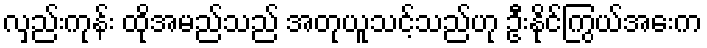
လှည်းကုန်း ထိုအမည်သည် အတုယူသင့်သည်ဟု ဦးနိုင်ကြွယ်အေးက